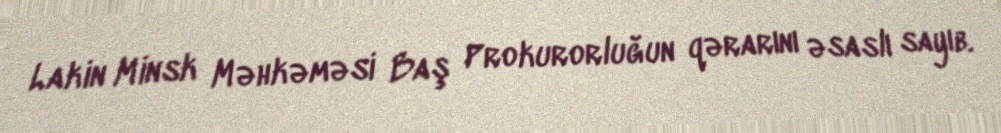
Lakin Minsk Məhkəməsi Baş Prokurorluğun qərarını əsaslı sayıb.